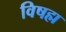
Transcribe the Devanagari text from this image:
विषह्म